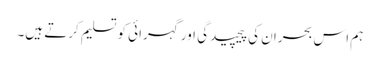
ہم اس بحران کی پیچیدگی اور گہرائی کو تسلیم کرتے ہیں۔